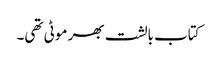
کتاب بالشت بھر موٹی تھی۔